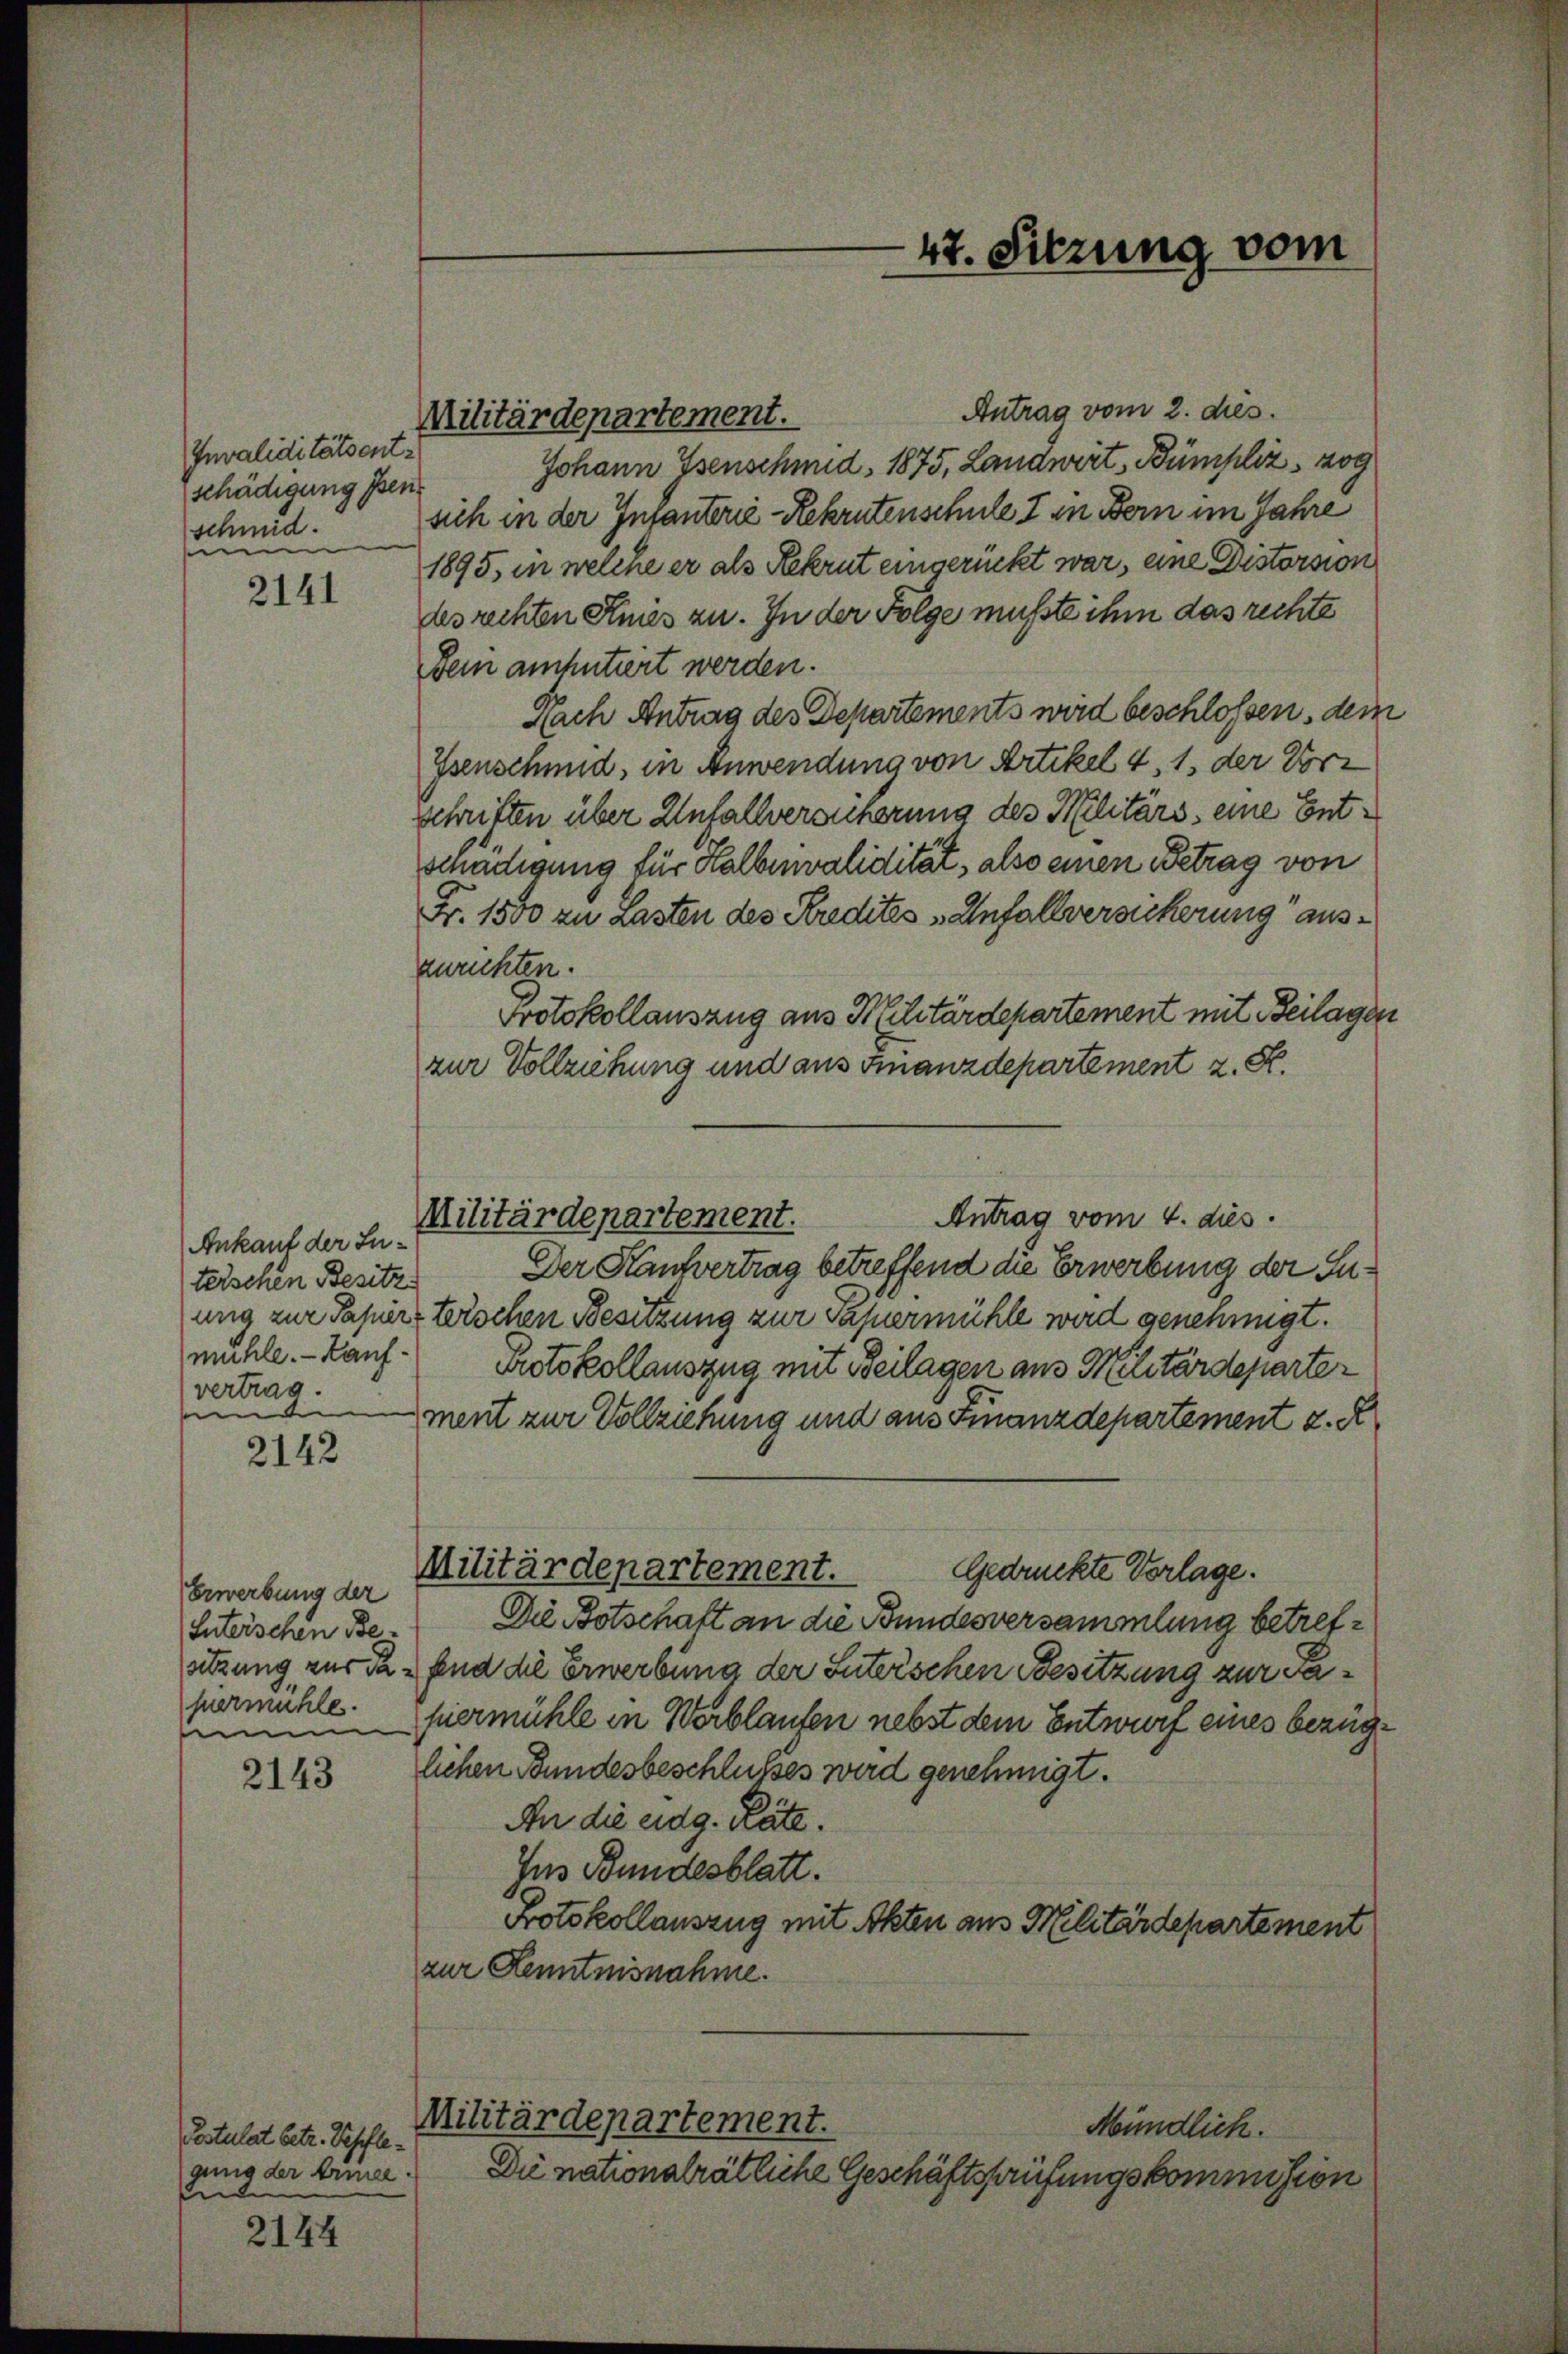
Invaliditätsent-
schädigung Pens
schmid.
u

2141

2142

2143

2144

Ankauf der Luteischen Besitz
mühle. - Kaufvertrag.
e

Erwerbung der
Suterischen Besitzung zur da
permühle.
m

Postulat betr. Sepflegung der Erinee.
nd

Militärdepartement.

Antrag vom 2. dies
Johann Isenschmid, 1875, Landwirt, Bümpliz, zog
sich in der Infanterie-Rekrutenschule I in Bern im Jahre
1895, in welche er als Rekrut eingerückt war, eine Distorsion
des rechten Kies zu. In der Folge mußte ihm das rechte
Dein anfinitiert werden.
Nach Antrag des Departements wird beschlossen, den
Isenschmid, in Anwendung von Artikel 4, 1. der Vorz
schriften, über Unfallversunerung des Militärs, eine Entschädigung für Halbuivalidität, also einen Betrag von
Fr. 1500 zu Lasten des Kredites Anfallversicherung auszurichten.
Protokollauszug aus Militärdepartement mit Beilagen
zur Vollziehung und aus Finanzdepartement z. S.
Antrag vom 4. dies
Der Kantvertrag betreffend die Erwerbung der Juung zur Papierterschen Besitzung zur Saxermühle wird genehmigt.
Protokollauszug mit Beilagen aus Militärdeparter
ment zur Vollziehung und aus Finanzdepartement z. R.
Militärdepartement.
Gedrückte Vorlage.
Die Botschaft an die Bundesversammlung betref¬
End die Erwerbung der Suterschen Besitzung zur vapiermühle in Werblaufen nebst dem Entwurf eines bezüglichen Bundesbeschlußes wird genehmigt.
An die eidg. Räte.
Ins Bundesblatt.
Protokollauszug mit Akten aus Militärdepartement
zur Kenntnisnahme.
Militärdepartement.
Mündlich.
Die nationalrätliche Geschäftsprüfungskommision

Militärdepartement.

47. Sitzung vom